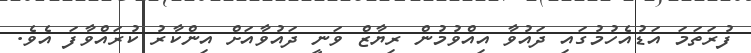
ފުރަތަމަ އަޑުއެހުމުގައި ދައުވާ އިއްވުމުން ރިޔާޒް ވަނީ ދައުވާއަށް އިންކާރު ކުރައްވާފަ އެވެ.